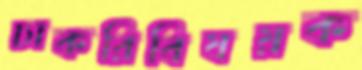
চাকরিবিষয়ক